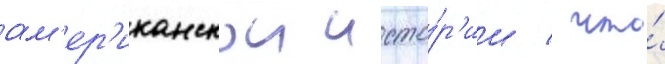
ам'ер'иканскои исто́р'ии / что́